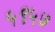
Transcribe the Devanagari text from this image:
५९५७